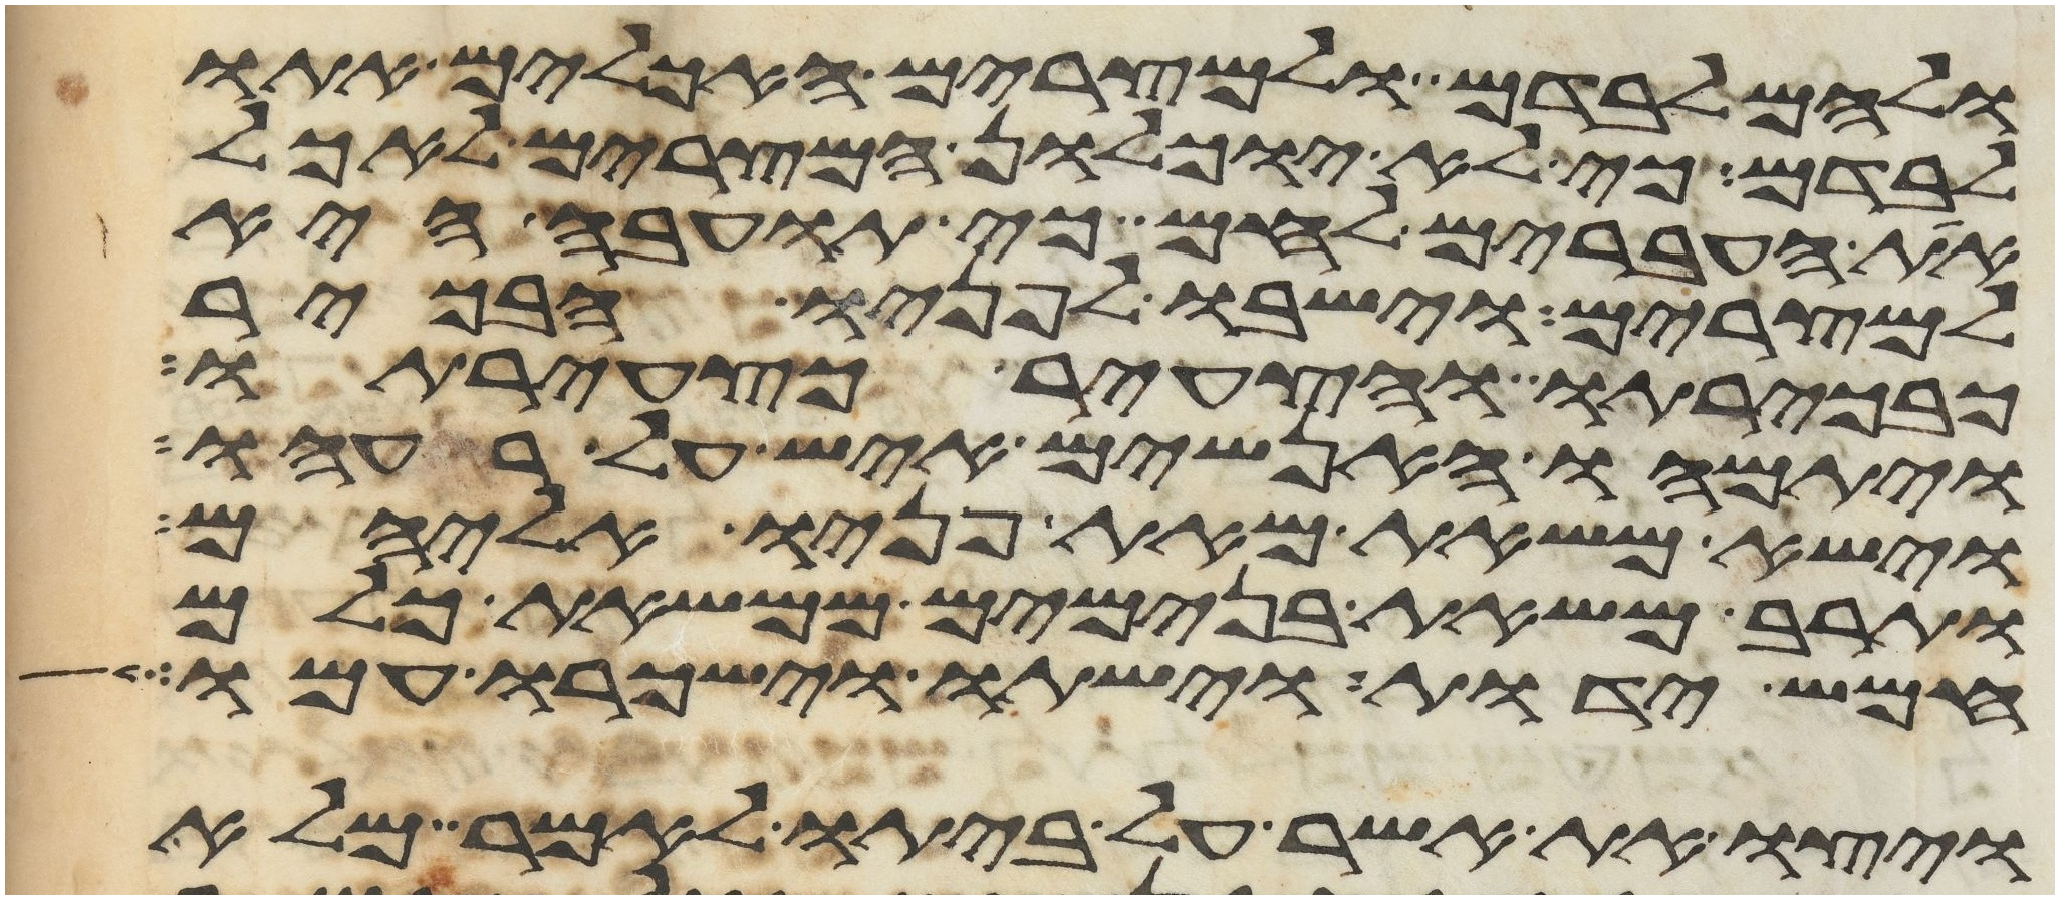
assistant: ולהם לבדם ולמצרים האכלים אתו
לבדם כי לא יוכלון המצרים לאכל
את העברים לחם כי תועבה היא
למצרים וישבו לפניו הבכור
כבכירתו והצעיר כצעירתו
ויתמהו האנשים איש על רעהו
וישא משאת מאת פניו אליהם
ותרב משאת בנימים ממשאת כלם
חמש ידות וישתו וישכרו עמו
ויצו את אשר על ביתו לאמר מלא